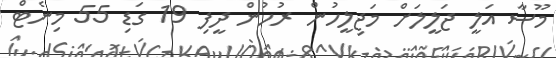
މޫސާ އަލީ ޖަލީލަށް މަޖިލީހުން ރުހުން ދީފި 19 ގަޑި 55 މިނެޓް